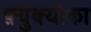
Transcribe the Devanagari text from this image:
फ़्युक्योका